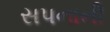
સપનાની